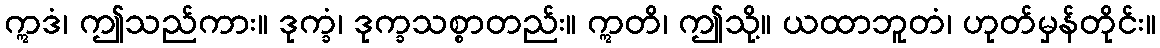
ဣဒံ၊ ဤသည်ကား။ ဒုက္ခံ၊ ဒုက္ခသစ္စာတည်း။ ဣတိ၊ ဤသို့။ ယထာဘူတံ၊ ဟုတ်မှန်တိုင်း။